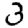
Digit: 3